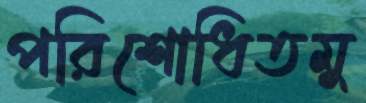
পরিশোধিতমু